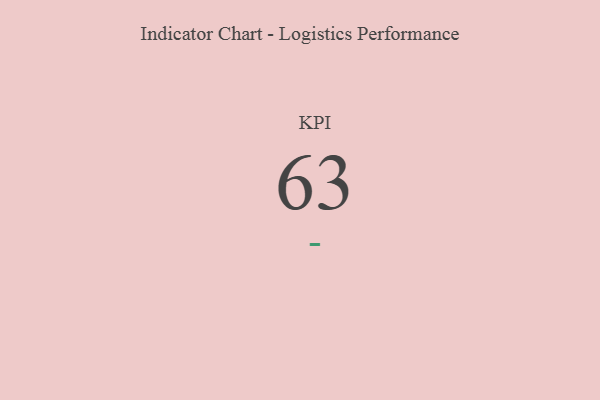
{"axis": {"x": "KPI", "y": "Value"}, "legend": [""], "data": [{"x": "KPI", "y": 63, "type": ""}]}